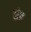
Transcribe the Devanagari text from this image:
अंग्र